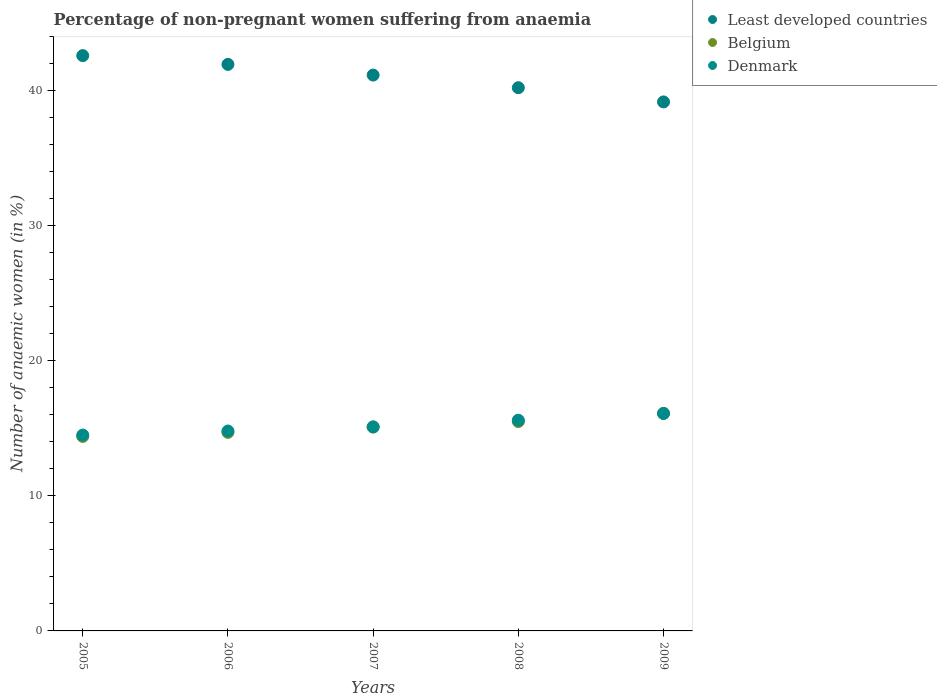
| Years | Least developed countries | Belgium | Denmark |
 | --- | --- | --- | --- |
 | 2005 | 42.6 | 14.4 | 14.5 |
 | 2006 | 41.9 | 14.7 | 14.8 |
 | 2007 | 41.2 | 15.1 | 15.1 |
 | 2008 | 40.2 | 15.5 | 15.6 |
 | 2009 | 39.2 | 16.1 | 16.1 |